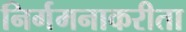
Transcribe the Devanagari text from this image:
निर्गमनाकरीता